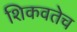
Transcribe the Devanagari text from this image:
शिकवतेच